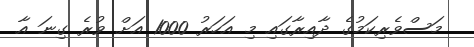
މަސްވެރިކަމުގެ ދާއިރާގައި މި އަަހަރު 1000 އަށް ވުރެ ގިނަ އާ